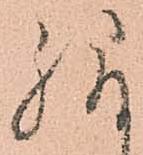
給